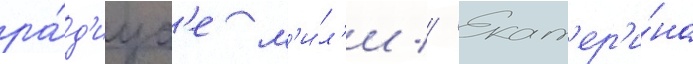
ра́д'иус'е м'и́л'и // Екат'ер'и́на